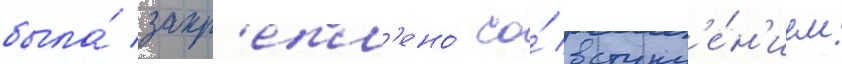
была́ закр'епл'ено́ со́ вступл'е́н'ием